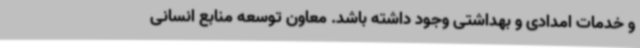
و خدمات امدادی و بهداشتی وجود داشته باشد. معاون توسعه منابع انسانی